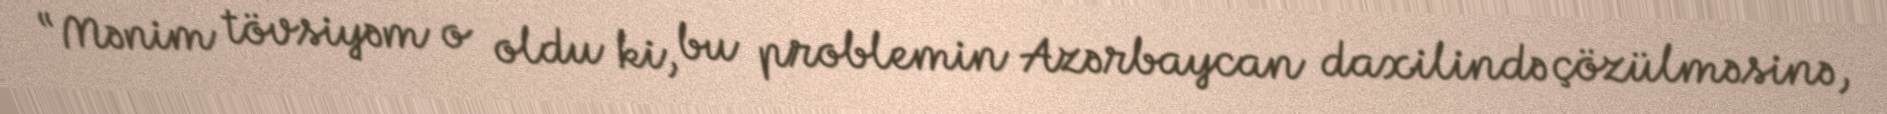
“Mənim tövsiyəm o oldu ki, bu problemin Azərbaycan daxilində çözülməsinə,